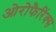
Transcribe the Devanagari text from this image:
ओरोफैरिंक्स